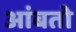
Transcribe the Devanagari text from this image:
आंबतो